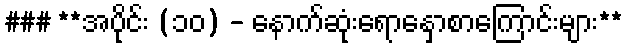
### **အပိုင်း (၁၀) - နောက်ဆုံးရောနှောစာကြောင်းများ**